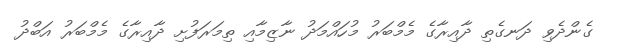
ގެންދެވި ދަނގެތި ދާއިރާގެ މެމްބަރު މުހައްމަދު ނާޒިމާއި ތިމަރަފުށި ދާއިރާގެ މެމްބަރު އަބްދު